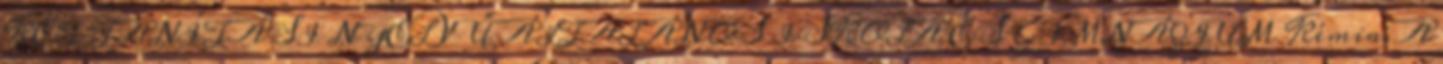
KÉT TANÍTÁSI NYELVŰ ÁLTALÁNOS ISKOLA ÉS GIMNÁZIUM Kémia. A